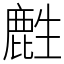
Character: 𪊟